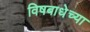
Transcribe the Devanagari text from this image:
विषबाधेच्या